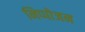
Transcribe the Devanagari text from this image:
निप्‍पोजन